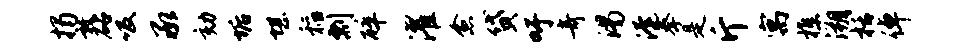
揭敦砧吸承劾垢堪稻剽碎濯愈贷吁奇渴淹拳是斤寓樵溯栝倬